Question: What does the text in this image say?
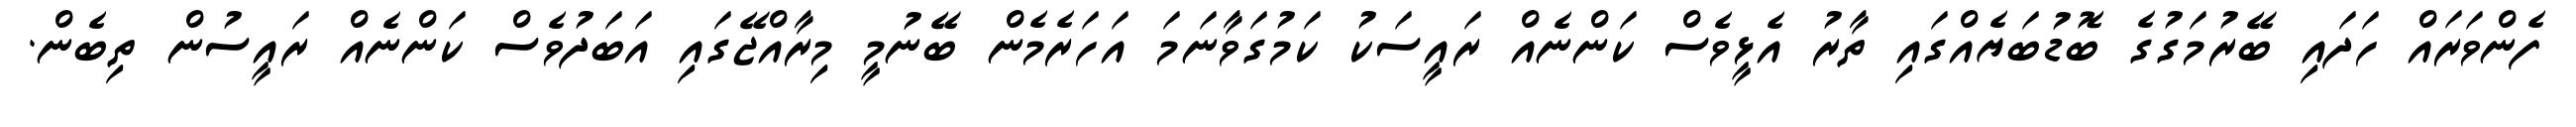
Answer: ފެންވަރައް ހަދައި ބޭރުމަގުގެ ބޮޑުބަޔެއްގައި ތާރު އެޅީވެސް ކަންނެއް ރައީސަކު ކަމުގަވާނަމަ އަހަރެމެން ބޭނުމީ މިރާއްޖޭގައި އަބަދުވެސް ކަންނެއް ރައީސުން ތިބެން.